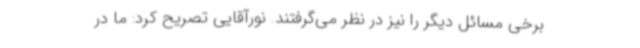
برخی مسائل دیگر را نیز در نظر می‌گرفتند. نورآقایی تصریح کرد: ما در